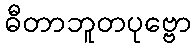
ဓီတာဘူတပုဗ္ဗော